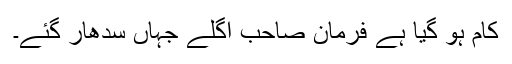
کام ہو گیا ہے فرمان صاحب اگلے جہاں سدھار گئے۔